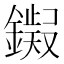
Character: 𫓊